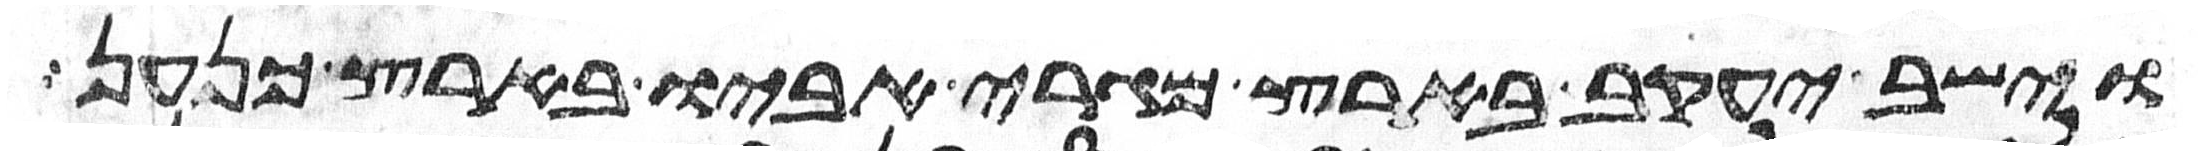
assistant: וישב יעקב בארץ מגרי אביו בארץ כנען